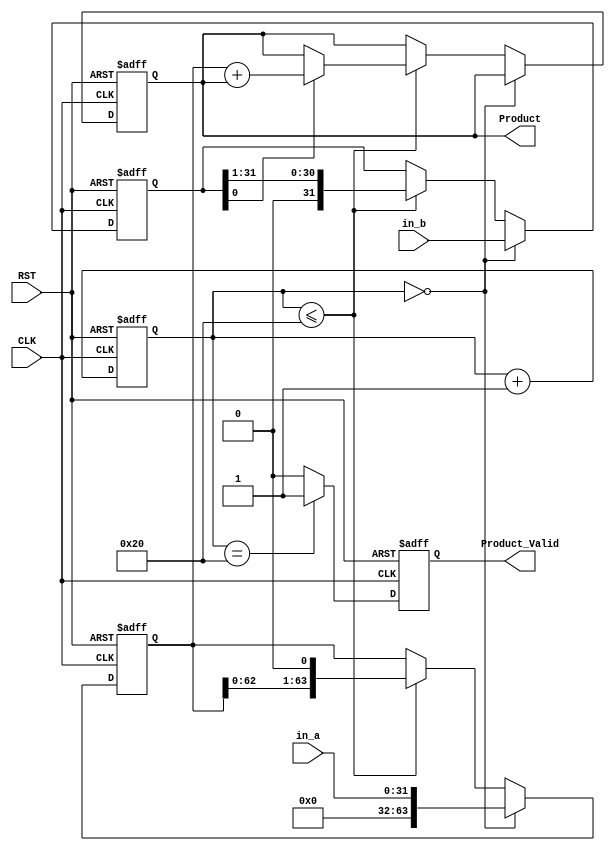
`timescale 1ns/1ps
module lab(CLK, RST, in_a, in_b, Product, Product_Valid);
input CLK, RST;
input [31:0]	in_a;	// Multiplicand
input [31:0]	in_b;// Multiplier
output reg [63:0] Product;
output reg Product_Valid;

reg [63:0] Mplicand;
reg [31:0] Mplier;
reg [6:0]	Counter ;
reg	sign;

//Counter
always @(posedge CLK or posedge RST)
begin
	if(RST)
		Counter <=6'b0;
	else
		Counter <= Counter +6'b1;
end

//Multiplier
always @(posedge CLK or posedge RST)
begin
	//
	if(RST) begin
		Product  <= 64'b0;
		Mplicand <= 64'b0;
		Mplier   <= 32'b0;	
	end 
	
	//
	else if(Counter == 7'd0) begin
		Mplicand <= {32'b0,in_a};
		Mplier <= in_b;
	end 
	
	//
	/* write down your design below */
	else if(Counter <=7'd32) 	// when counter is smaller than 32 
	begin
		if(Mplier[0] == 1'b1)	// if LSB of multimplier is 1 than add product from multiplicand and product
			Product <= Mplicand + Product;
			
		Mplicand <= Mplicand << 1'b1; // multiplicand left shift 1 bit
		Mplier <= Mplier >> 1'b1;	// multiplier right shift 1 bit
	end 
	/* write down your design upon */
end

//
always @(posedge CLK or posedge RST)
begin
	if(RST)
		Product_Valid <=1'b0;
	else if(Counter==6'd32)
		Product_Valid <=1'b1;
	else
		Product_Valid <=1'b0;
end

endmodule